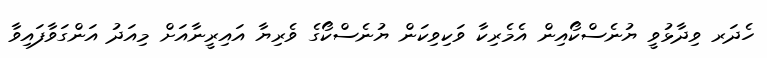
ހެދަރ ވިދާޅުވީ ޔުނެސްކޯއިން އެމެރިކާ ވަކިވިކަން ޔުނެސްކޯގެ ވެރިޔާ އައިރީނާއަށް މިއަދު އަންގަވާފައިވާ